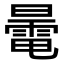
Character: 𣋔